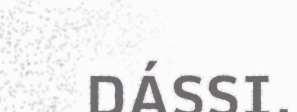
DÁSSI.